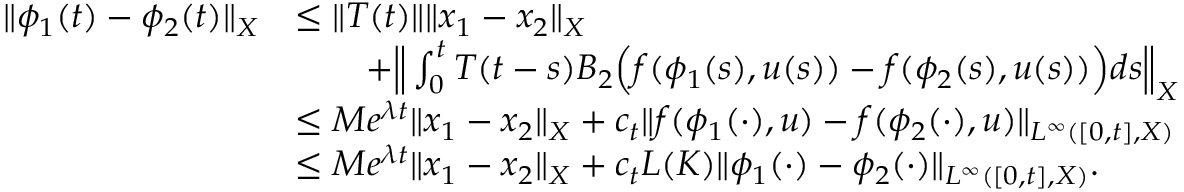
\begin{array} { r l } { \| \phi _ { 1 } ( t ) - \phi _ { 2 } ( t ) \| _ { X } } & { \leq \| T ( t ) \| \| x _ { 1 } - x _ { 2 } \| _ { X } } \\ & { \qquad + \Big \| \int _ { 0 } ^ { t } T ( t - s ) B _ { 2 } \Big ( f ( \phi _ { 1 } ( s ) , u ( s ) ) - f ( \phi _ { 2 } ( s ) , u ( s ) ) \Big ) d s \Big \| _ { X } } \\ & { \leq M e ^ { \lambda t } \| x _ { 1 } - x _ { 2 } \| _ { X } + c _ { t } \| f ( \phi _ { 1 } ( \cdot ) , u ) - f ( \phi _ { 2 } ( \cdot ) , u ) \| _ { L ^ { \infty } ( [ 0 , t ] , X ) } } \\ & { \leq M e ^ { \lambda t } \| x _ { 1 } - x _ { 2 } \| _ { X } + c _ { t } L ( K ) \| \phi _ { 1 } ( \cdot ) - \phi _ { 2 } ( \cdot ) \| _ { L ^ { \infty } ( [ 0 , t ] , X ) } . } \end{array}